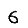
Digit: 6